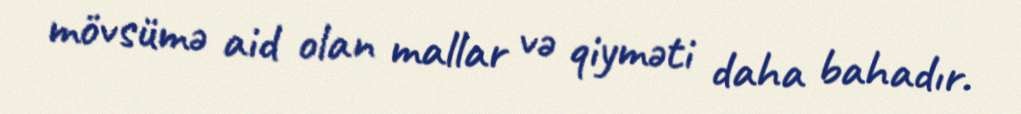
mövsümə aid olan mallar və qiyməti daha bahadır.